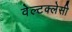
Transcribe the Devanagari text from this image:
वेल्टक्लेसी